NAE_ERA_R-2632_ENSV_TA_Emakeele_Selts_1945-1955, lk 53
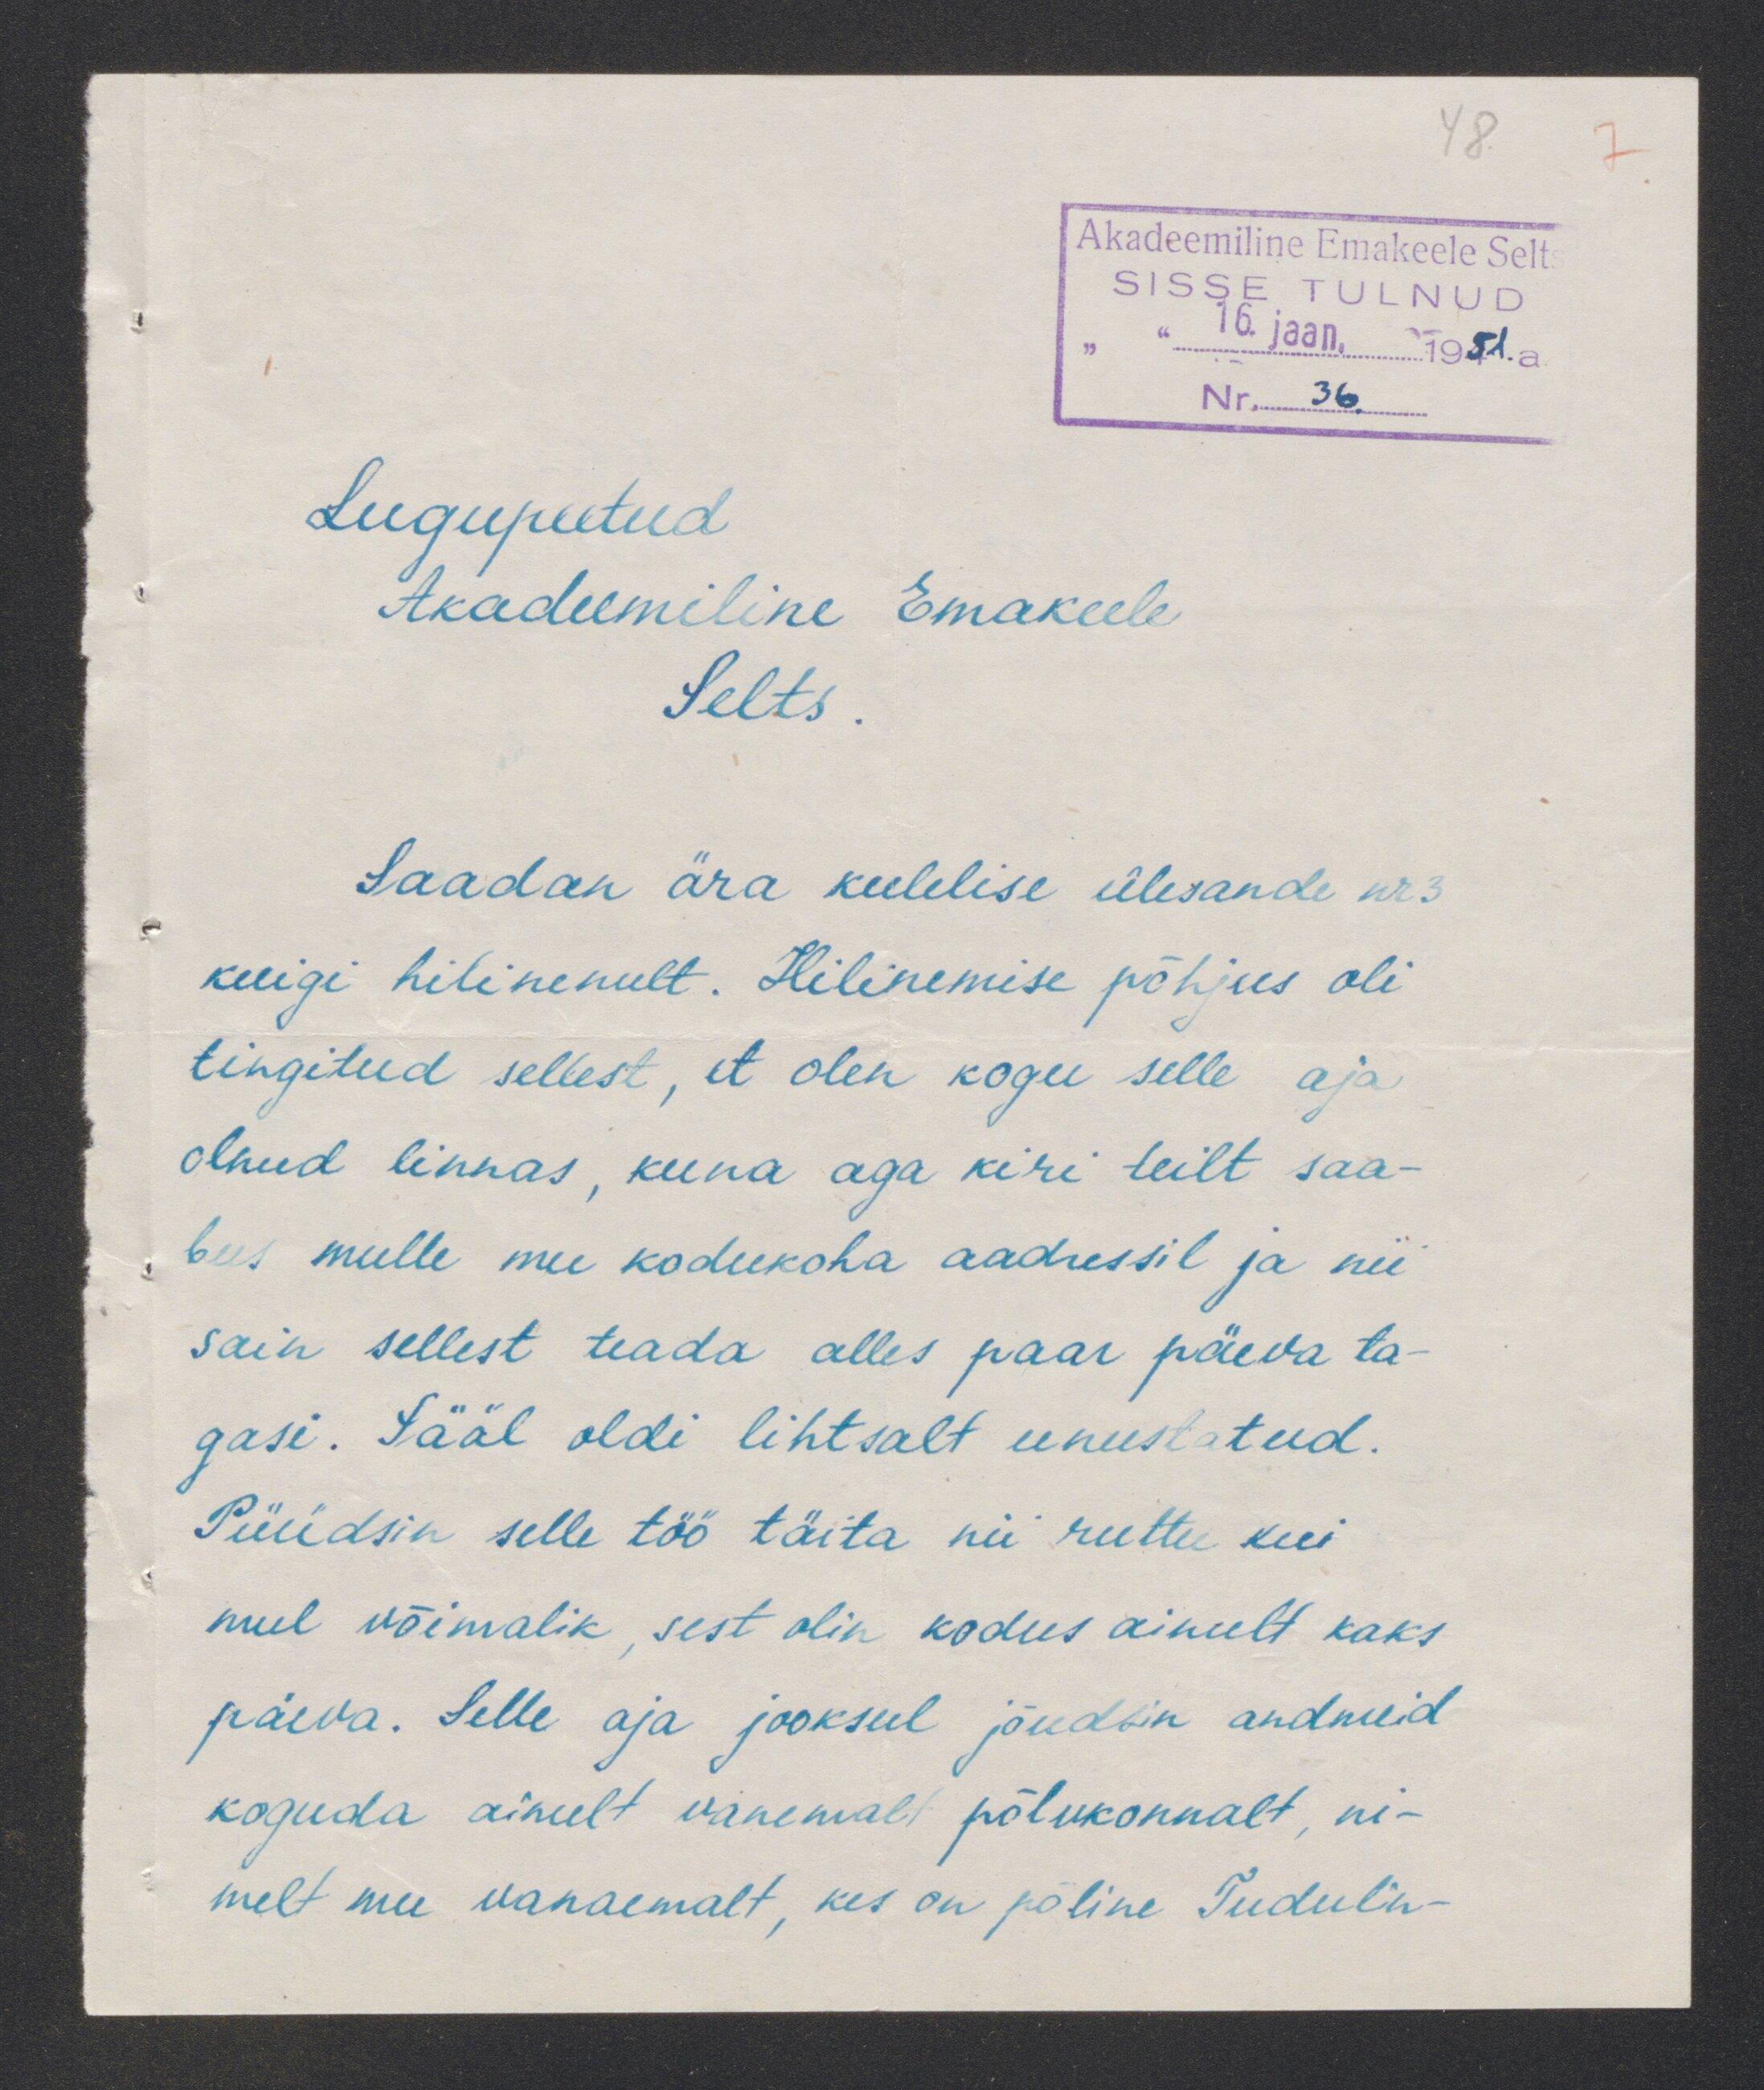
48
(Akadeemiline Emakeele Selt
SISSE TULNUD
16 jaan. 1951. a
Nr. 36.
Lugupeetud
Akadeemiline Emakeele
Selts.
Saadan ära keelelise ülesande nr3
kuigi hilinenult. Hilinemise põhjus oli
tingitud sellest, et olen kogu selle aja
olnud linnas, kuna aga kiri teilt saa-
bus mulle mu kodukoha aadressil ja nii
sain sellest teada alles paar päeva ta-
gasi. Sääl oldi lihtsalt unustatud.
Püüdsin selle töö täita nii ruttu kui
mul võimalik sest olin kodus ainult kaks
päeva. Selle aja jooksul jõudsin andmeid
koguda ainult vanemalt põlvkonnalt, ni-
melt mu vanaemalt, kes on põline Tuduli-